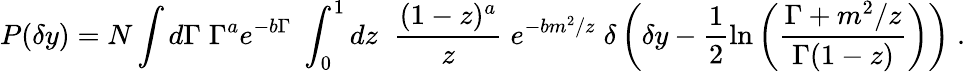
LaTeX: P(\delta y)=N\int d\Gamma\; \Gamma^{a}e^{-b\Gamma}\; \int_{0}^{1}dz\; \; \frac{(1-z)^{a}}{z}\; e^{-bm^{2}/z}\; \delta\left(\delta y-\frac{1}{2}\ln\left(\frac{\Gamma+m^{2}/z}{\Gamma(1-z)}\right)\right)\; .